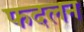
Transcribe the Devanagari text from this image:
फदलन